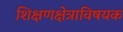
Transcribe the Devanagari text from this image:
शिक्षणक्षेत्राविषयक